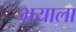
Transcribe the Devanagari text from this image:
भयाला